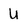
Character: U